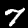
Digit: 7